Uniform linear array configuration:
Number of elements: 48
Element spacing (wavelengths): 1
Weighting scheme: uniform
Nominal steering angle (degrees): -45
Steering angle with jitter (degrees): -45.6
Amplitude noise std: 0.05
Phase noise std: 0.05

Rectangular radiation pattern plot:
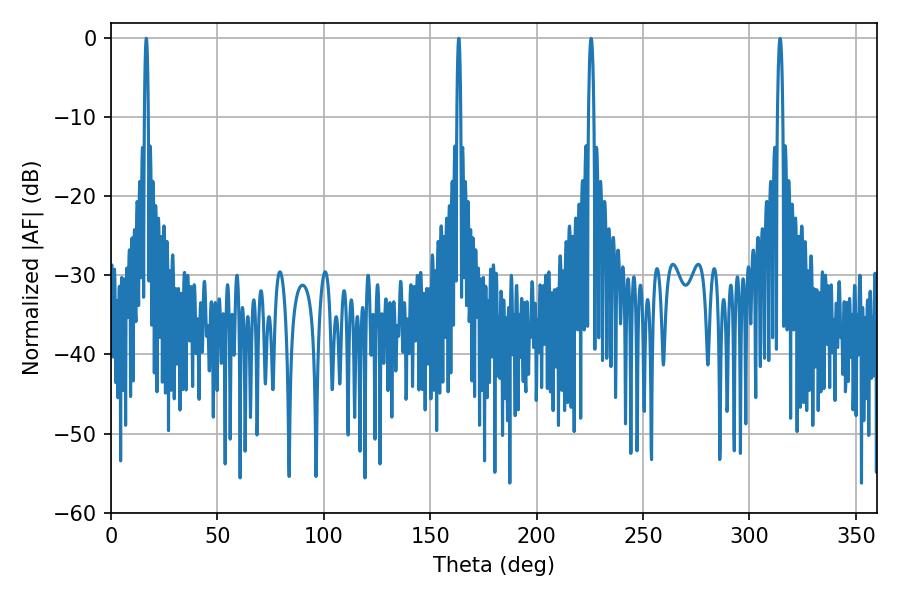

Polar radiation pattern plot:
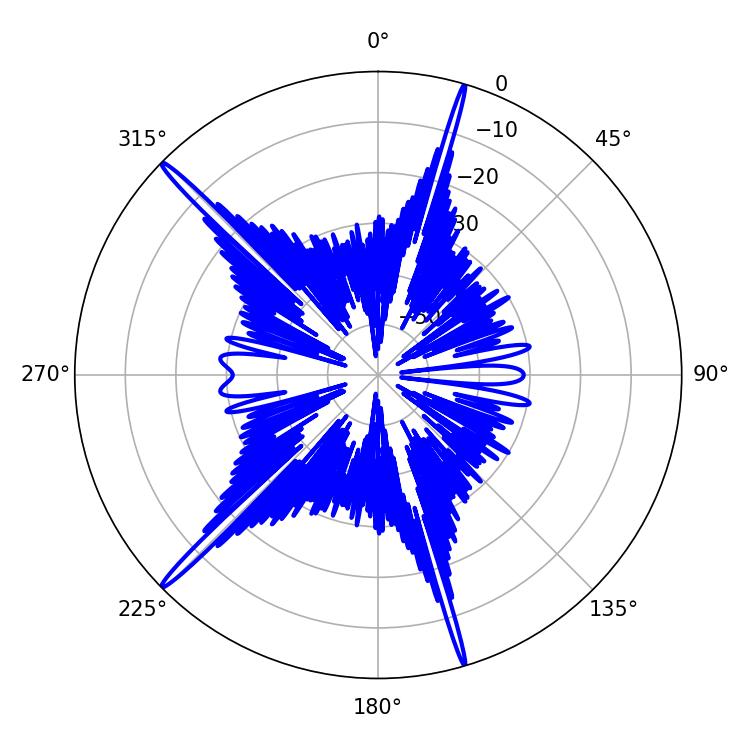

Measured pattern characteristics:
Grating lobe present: TRUE
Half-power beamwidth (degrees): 0.9
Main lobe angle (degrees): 16.56